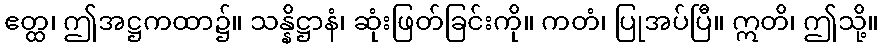
ဧတ္ထ၊ ဤအဋ္ဌကထာ၌။ သန္နိဋ္ဌာနံ၊ ဆုံးဖြတ်ခြင်းကို။ ကတံ၊ ပြုအပ်ပြီ။ ဣတိ၊ ဤသို့။